Medical and sanitary report of the native army of Bengal for the year
Year: 1876
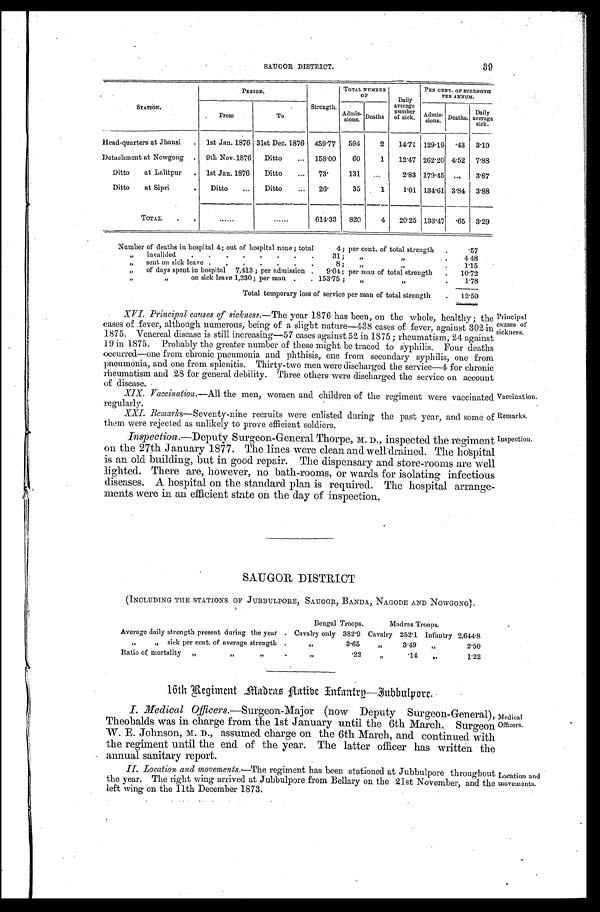
Vaccination.
Remarks.
Inspection.
39
SAUGOR DISTRICT.
STATION.
P E R I O D .
Strength.
TOTAL NUMBER
O F
Daily
average
number
of sick.
PER CENT. OF STRENGTH PER ANNUM.
From
To
A d m i s - s i o n s .
Deaths
Admi s-si ons.
Deaths.
Daily
average
sick.
Head-quarters at Jhansi . . .
1st Jan. 1876 31st Dec. 1876 459.77
594
2
14.71 129.19 .43
3.19
Detachment at Nowgong . . .
9th Nov.1876
Ditto . . .
158.00
60
1
12.47 262.20 4.52 7.88
Ditto at Lalitpur . . .
1st Jan. 1876
Ditto . . .
73.
131
. . .
2.83 179.45
. . .
3.87
Ditto at Sipri . . .
Ditto . . .
Ditto . . .
26.
35
1
1.01 134.61 3.84 3.88
TOTAL . . .
. . .
. . . 614.33
820
4
20.25 133.47 .65 3.29
Number of deaths in hospital 4; out of hospital none; total 4; per cent. of total strength . . .
.57
" invalided . . . 31; " " . . .
4.48
" sent on sick leave . . . 8; " " . . .
1.15
" of days spent in hospital 7,413; per admission 9.04; per man of total strength . . .
10.72
" " on sick leave 1,230; per man . . . 153.75; " " . . .
1.78
Total temporary loss of service per man of total strength . . .
12.50
Principal
causes of
sickness.
XVI. Principal causes of sickness .—The year 1876 has been, on the whole, healthy; the
cases of fever, although numerous, being of a slight nature—438 cases of fever, against 302 in
1875. Venereal disease is still increasing—57 cases against 52 in 1875; rheumatism, 24 against
19 in 1875. Probably the greater number of these might be traced to syphilis. Four deaths
occurred—one from chronic pneumonia and plithisis, one from secondary syphilis, one from
pneumonia, and one from splenitis. Thirty-two men were discharged the service—4 for chronic
rheumatism and 28 for general debility. Three others were discharged the service on account
of disease.
XIX. Vaccination .—All the men, women and children of the regiment were vaccinated
regularly.
XXI. Remarks —Seventy-nine recruits were enlisted during the past year, and some of
them were rejected as unlikely to prove efficient soldiers.
Inspection .—Deputy Surgeon-General Thorpe, M. D., inspected the regiment
on the 27th January 1877. The lines were clean and well drained. The hospital
is an old building, but in good repair. The dispensary and store-rooms are well
lighted. There are, however, no bath-rooms, or wards for isolating infectious
diseases. A hospital on the standard plan is required. The hospital arrange
-ments were in an efficient state on the day of inspection.
SAUGOR DISTRICT
(INCLUDING THE STATIONS OF JUBBULPORE, SUGOR, BANDA, NAGODE AND NOWGONG).
Bengal Troops.
Madras Troops.
Average daily strength present during the year . . . Cavalry only 382.9 Cavalry 252.1 Infantry 2,644.8
" " sick per cent. of average strength . . .
"
3.65
"
3.49 "
2.50
Ratio of mortality " " " . . .
"
.22
"
.14 "
1.22
16th Regiment Madras Native Infantry—Jubbulpore.
I. Medical Officers.—Surgeon-Major (now Deputy Surgeon-General),
Theobalds was in charge from the 1st January until the 6th March. Surgeon
W. E. Johnson, M. D, assumed charge on the 6th March, and continued with
the regiment until the end of the year. The latter officer has written the
annual sanitary report.
Medical
Officers.
II. Location and movements .—The regiment has been stationed at Jubbulpore throughout
the year. The right wing arrived at Jubbulpore from Bellary on the 21st November, and the
left wing on the 11th December 1873.
L o c a t i o n a n d m o v e m e n t s .